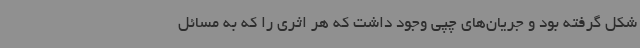
شکل گرفته بود و جریان‌های چپی وجود داشت که هر اثری را که به مسائل